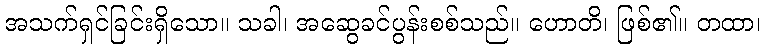
အသက်ရှင်ခြင်းရှိသော။ သခါ၊ အဆွေခင်ပွန်းစစ်သည်။ ဟောတိ၊ ဖြစ်၏။ တထာ၊